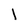
Character: l